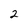
Character: 2